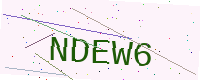
Text: NDEW6